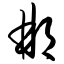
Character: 郴